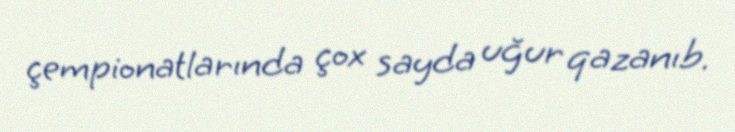
çempionatlarında çox sayda uğur qazanıb.